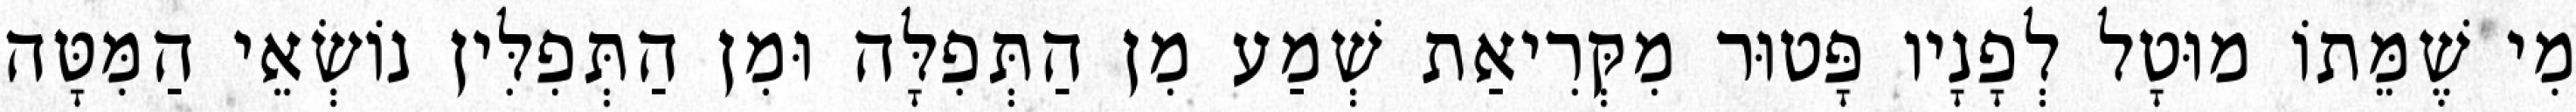
מִי שֶׁמֵּתוֹ מוּטָל לְפָנָיו פָּטוּר מִקְּרִיאַת שְׁמַע מִן הַתְּפִלָּה וּמִן הַתְּפִלִּין נוֹשְׂאֵי הַמִּטָּה